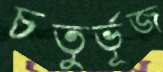
চতুর্ভূজ